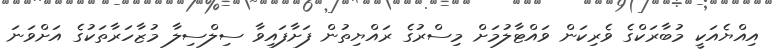
އިއްޔެއަކީ މުބާރަކްގެ ވެރިކަން ވައްޓާލުމަށް މިސްރުގެ ރައްޔިތުން ފަށާފައިވާ ސިލްސިލާ މުޒާހަރާތަކުގެ އަށްވަނަ